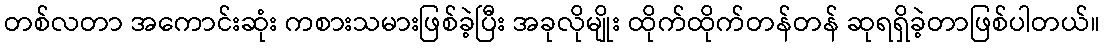
တစ်လတာ အကောင်းဆုံး ကစားသမားဖြစ်ခဲ့ပြီး အခုလိုမျိုး ထိုက်ထိုက်တန်တန် ဆုရရှိခဲ့တာဖြစ်ပါတယ်။